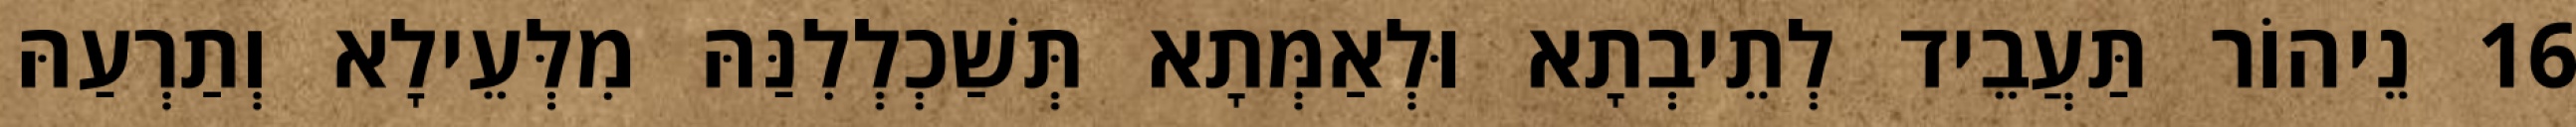
16 נֵיהוֹר תַּעֲבֵיד לְתֵיבְתָא וּלְאַמְּתָא תְּשַׁכְלְלִנַּהּ מִלְּעֵילָא וְתַרְעַהּ